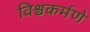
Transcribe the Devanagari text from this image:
विश्वकर्मणे